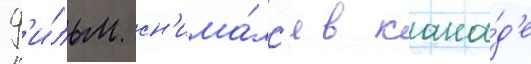
Ф'и́льм сн'има́лс'я в кана́д'е